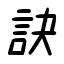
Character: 訣